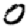
Digit: 0